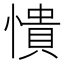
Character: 憒